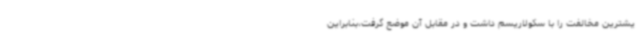
یشترین مخالفت را با سکولاریسم داشت و در مقابل آن موضع گرفت،بنابراین